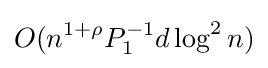
O(n^{1+\rho }P_{1}^{-1}d\log ^{2}n)